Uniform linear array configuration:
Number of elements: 24
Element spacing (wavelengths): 1
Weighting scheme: exponential
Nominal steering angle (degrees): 30
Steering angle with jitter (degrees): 28.436
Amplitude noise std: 0.05
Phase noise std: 0.05

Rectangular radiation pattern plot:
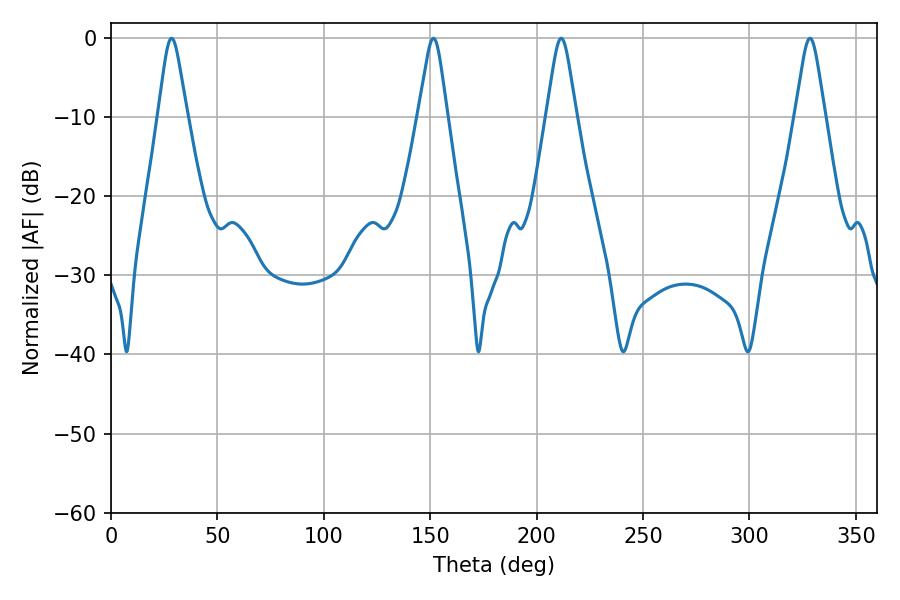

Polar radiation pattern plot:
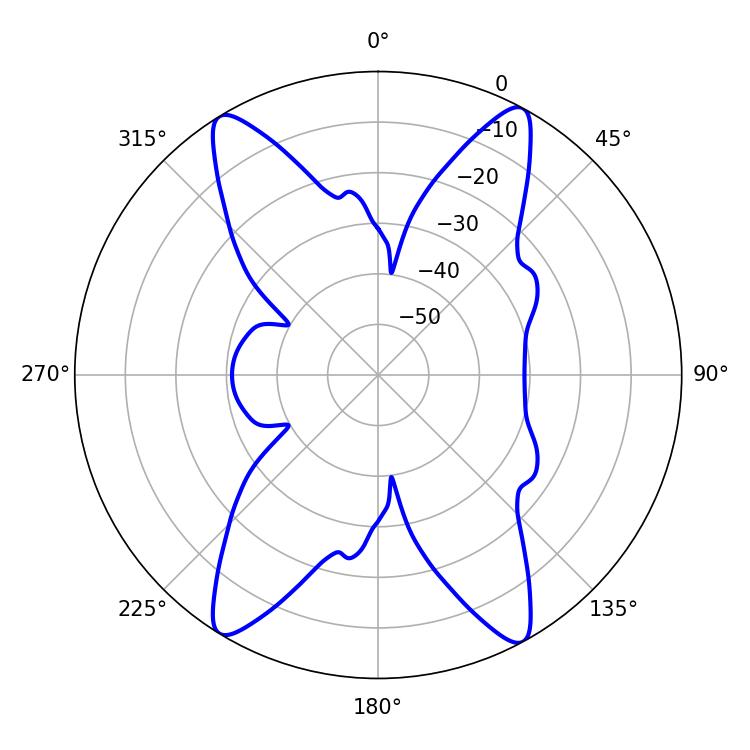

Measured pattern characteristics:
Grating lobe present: TRUE
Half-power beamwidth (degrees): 6.48
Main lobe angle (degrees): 28.44